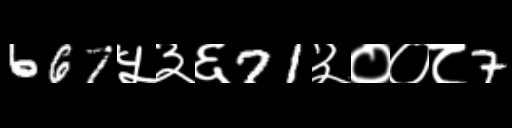
Text: 667५३६71३००८7